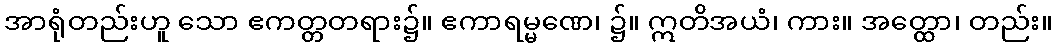
အာရုံတည်းဟူ သော ဧကတ္တတရား၌။ ဧကာရမ္မဏေ၊ ၌။ ဣတိအယံ၊ ကား။ အတ္ထော၊ တည်း။